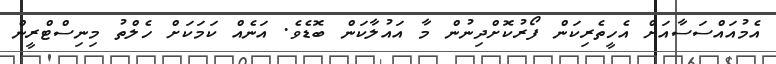
އެމުއައްސަސާއަށް އެހީތެރިކަން ފޯރުކޮށްދިނުން މާ އައުލާކަން ބޮޑެވެ. އަނެއް ކަމަކަށް ހެލްތު މިނިސްޓްރީން